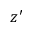
z ^ { \prime }